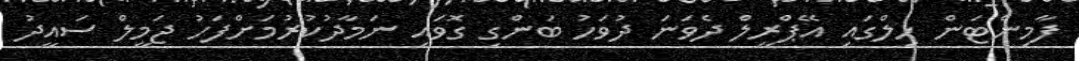
ފާމިންޓަން ހިލްގައި އޭޕްރީލް ދެވަނަ ދުވަހު ބަންގި ގޮވައި ނަމާދުކުރުމަށްފަހު ޖަމީލް ސައީދު